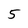
Character: 5